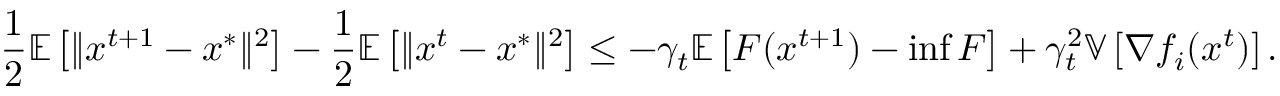
\frac { 1 } { 2 } \mathbb { E } \left[ \Vert x ^ { t + 1 } - x ^ { * } \Vert ^ { 2 } \right] - \frac { 1 } { 2 } \mathbb { E } \left[ \Vert x ^ { t } - x ^ { * } \Vert ^ { 2 } \right] \leq - \gamma _ { t } \mathbb { E } \left[ F ( x ^ { t + 1 } ) - \operatorname* { i n f } F \right] + \gamma _ { t } ^ { 2 } \mathbb { V } \left[ \nabla f _ { i } ( x ^ { t } ) \right] .